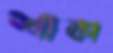
শাকা